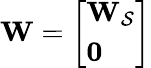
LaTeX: \mathbf{W}=\left[\begin{array}{l}{\mathbf{W_{\mathcal{S}}}}\\ {\mathbf{0}}\end{array}\right]